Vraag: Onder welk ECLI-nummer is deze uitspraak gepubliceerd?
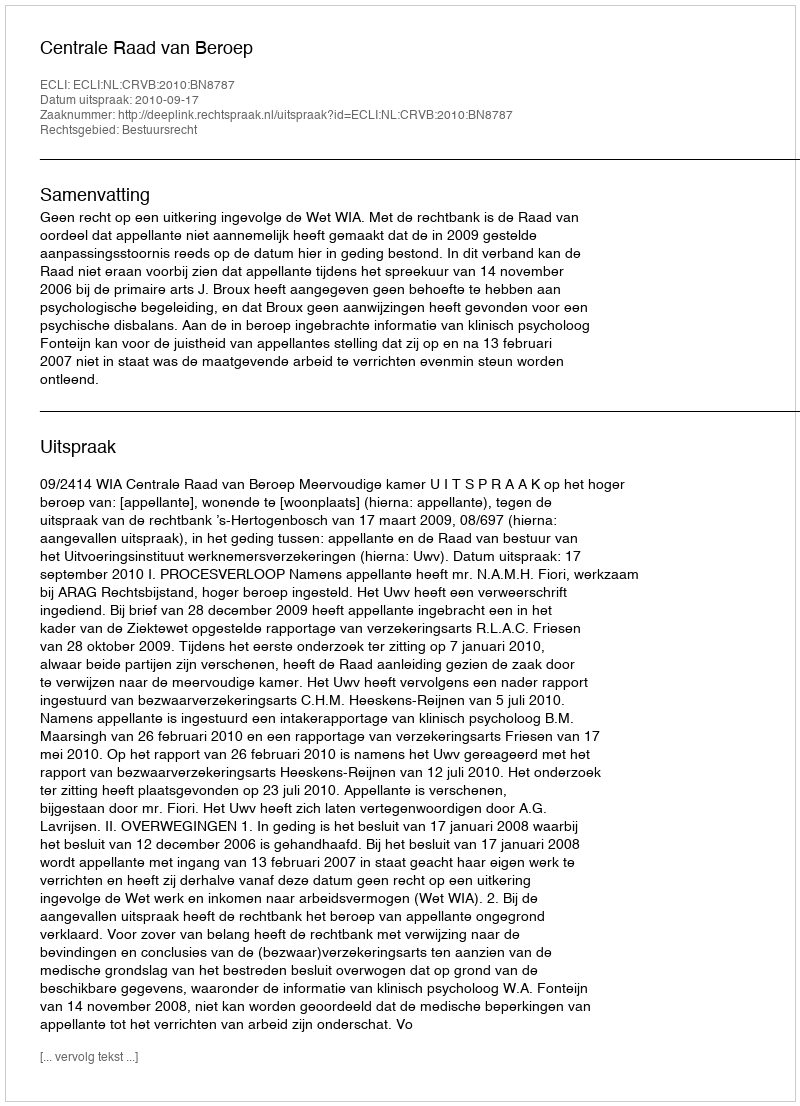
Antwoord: ECLI:NL:CRVB:2010:BN8787